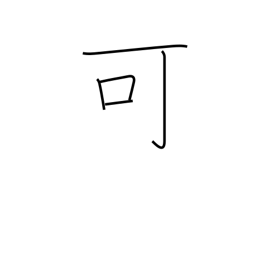
Meaning: passable